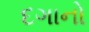
દગાનો